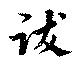
跋